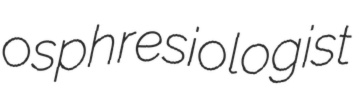
osphresiologist